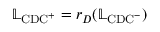
\mathbb { L } _ { \mathrm { C D C } ^ { + } } = r _ { D } ( \mathbb { L } _ { \mathrm { C D C } ^ { - } } )